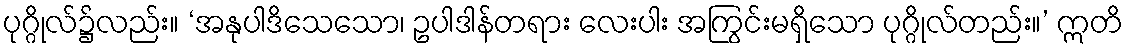
ပုဂ္ဂိုလ်၌လည်း။ ‘အနုပါဒိသေသော၊ ဥပါဒါန်တရား လေးပါး အကြွင်းမရှိသော ပုဂ္ဂိုလ်တည်း။’ ဣတိ